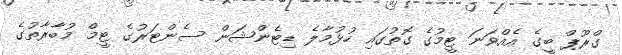
ގްރޫޕް ބީގެ އެއްވަނަ ޓީމުގެ ގޮތުގައި ހުޅުމާލެ ޑިޓެންޝަން ސެންޓަރުގެ ޓީމް މުބާރާތުގެ